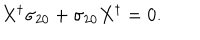
X ^ { \dagger } \sigma _ { 2 0 } + \sigma _ { 2 0 } X ^ { \dagger } = 0 .